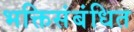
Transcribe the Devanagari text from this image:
भक्तिसंबंधित